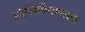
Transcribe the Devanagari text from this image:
ऑलिंपियासला